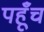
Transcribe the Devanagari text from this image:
पहूँच